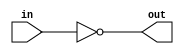
module complement1_8bit(
    input [7:0] in,
    output [7:0] out,
);

    assign out = ~in;

endmodule